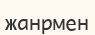
жанрмен